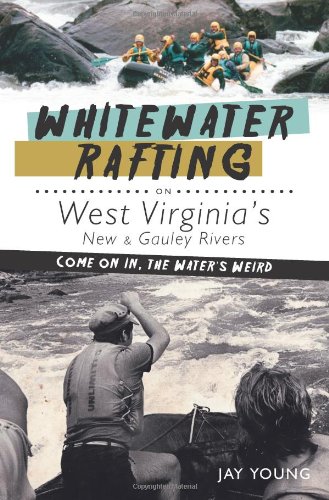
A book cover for Whitewater Rafting on West Virginia's New & Gauley Rivers:: Come on In, the Water's Weird (Sports); Jay Young; Sports & Outdoors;